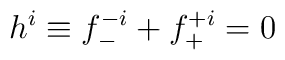
h^i \equiv f^{-i}_{-} + f^{+i}_{+} = 0